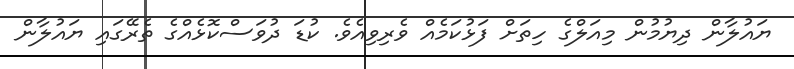
ޔައުލާން ދިޔުމުން މިއަލްގެ ހިތަށް ފަޅުކަމެއް ވެރިވިއެވެ. ކުޑަ ދުވަސްކޮޅެއްގެ ތެރޭގައި ޔައުލާން